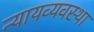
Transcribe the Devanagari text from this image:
न्‍यायव्‍यवस्‍था